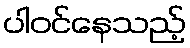
ပါဝင်နေသည့်